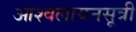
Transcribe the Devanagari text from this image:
आश्वलायनसूत्री